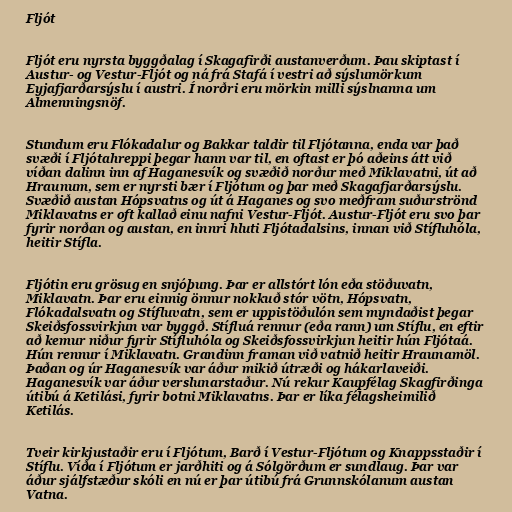
Fljót

Fljót eru nyrsta byggðalag í Skagafirði austanverðum. Þau skiptast í
Austur- og Vestur-Fljót og ná frá Stafá í vestri að sýslumörkum
Eyjafjarðarsýslu í austri. Í norðri eru mörkin milli sýslnanna um
Almenningsnöf.

Stundum eru Flókadalur og Bakkar taldir til Fljótanna, enda var það
svæði í Fljótahreppi þegar hann var til, en oftast er þó aðeins átt við
víðan dalinn inn af Haganesvík og svæðið norður með Miklavatni, út að
Hraunum, sem er nyrsti bær í Fljótum og þar með Skagafjarðarsýslu.
Svæðið austan Hópsvatns og út á Haganes og svo meðfram suðurströnd
Miklavatns er oft kallað einu nafni Vestur-Fljót. Austur-Fljót eru svo þar
fyrir norðan og austan, en innri hluti Fljótadalsins, innan við Stífluhóla,
heitir Stífla.

Fljótin eru grösug en snjóþung. Þar er allstórt lón eða stöðuvatn,
Miklavatn. Þar eru einnig önnur nokkuð stór vötn, Hópsvatn,
Flókadalsvatn og Stífluvatn, sem er uppistöðulón sem myndaðist þegar
Skeiðsfossvirkjun var byggð. Stífluá rennur (eða rann) um Stíflu, en eftir
að kemur niður fyrir Stífluhóla og Skeiðsfossvirkjun heitir hún Fljótaá.
Hún rennur í Miklavatn. Grandinn framan við vatnið heitir Hraunamöl.
Þaðan og úr Haganesvík var áður mikið útræði og hákarlaveiði.
Haganesvík var áður verslunarstaður. Nú rekur Kaupfélag Skagfirðinga
útibú á Ketilási, fyrir botni Miklavatns. Þar er líka félagsheimilið
Ketilás.

Tveir kirkjustaðir eru í Fljótum, Barð í Vestur-Fljótum og Knappsstaðir í
Stíflu. Víða í Fljótum er jarðhiti og á Sólgörðum er sundlaug. Þar var
áður sjálfstæður skóli en nú er þar útibú frá Grunnskólanum austan
Vatna.